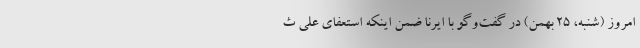
امروز (شنبه، ۲۵ بهمن) در گفت‌وگو با ایرنا ضمن اینکه استعفای علی ث